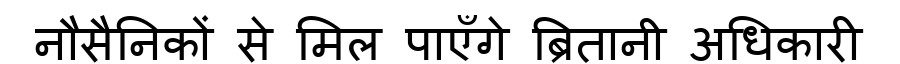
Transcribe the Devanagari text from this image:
नौसैनिकों से मिल पाएँगे ब्रितानी अधिकारी